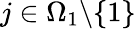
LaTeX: j\in\Omega_{1}\backslash\{ 1\}